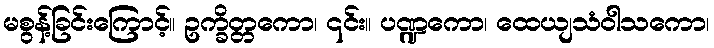
မစွန့်ခြင်းကြောင့်။ ဥက္ခိတ္တကော၊ ၎င်း။ ပဏ္ဍကော၊ ထေယျသံဝါသကော၊